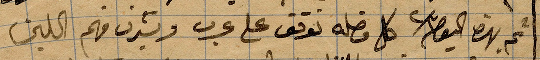
ثم بهضه اليقظة كل فصله توقف على عرب و...فهم الحليف